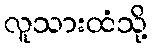
လူသားထံသို့